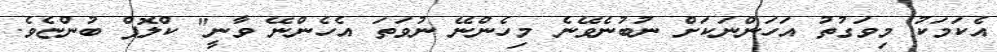
އެކަމަކު މިވަގުތު އަހަންނަކަށް ނުބުނެވޭނެ މިހެންނޭ ނުވަތަ އެހެންނޭ ވާނީ" ކްލޮޕް ބުންޏެވެ.